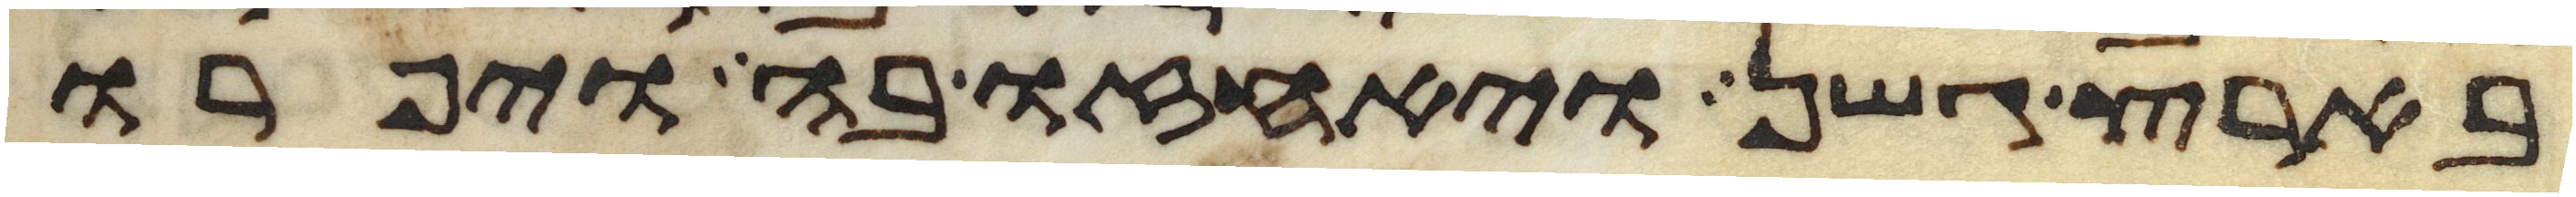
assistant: בארץ גשן ויאחזו בה ויפרו